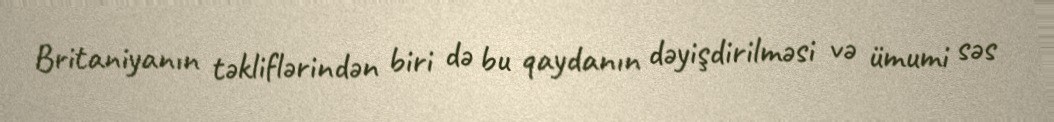
Britaniyanın təkliflərindən biri də bu qaydanın dəyişdirilməsi və ümumi səs